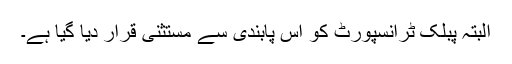
البتہ پبلک ٹرانسپورٹ کو اس پابندی سے مستثنیٰ قرار دیا گیا ہے۔